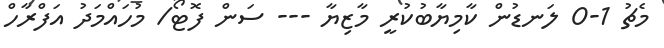
މެޗު 1-0 ލަނޑުން ކާމިޔާބުކުރީ މާޒިޔާ --- ސަން ފޮޓޯ/ މުހައްމަދު އަފްރާހް